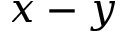
x - y